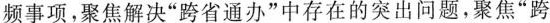
频事项，聚焦解决”跨省通办”中存在的突出问题，聚焦”跨